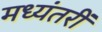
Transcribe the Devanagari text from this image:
मध्यंतरीं